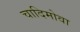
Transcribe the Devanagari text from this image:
चादिमोवा